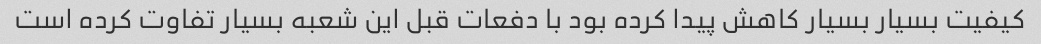
کیفیت بسیار بسیار کاهش پیدا کرده بود با دفعات قبل این شعبه بسیار تفاوت کرده است